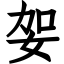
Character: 妿